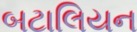
બટાલિયન